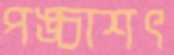
পঙ্চাশৎ